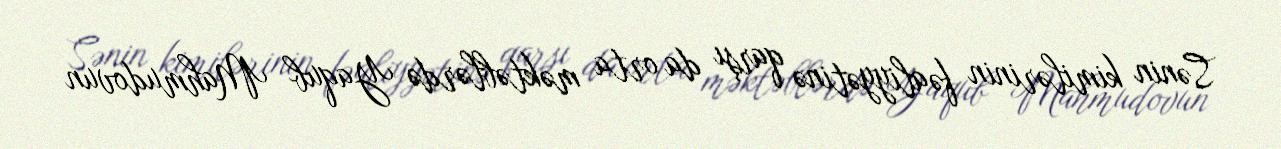
Sənin kimilərinin fəaliyyətinə qarşı da orta məktəblərdə Yaqub Mahmudovun